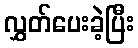
လွှတ်ပေးခဲ့ပြီး